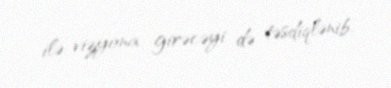
ilə vizyona girəcəyi də təsdiqlənib.